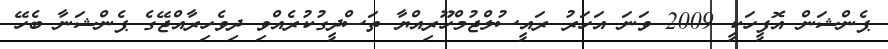
ޕެންޝަން އޮފީހަކީ 2009 ވަނަ އަހަރު ރައީސުލްޖުމްހޫރިއްޔާ ތަސްދީގުކުރެއްވި ދިވެހިރާއްޖޭގެ ޕެންޝަނާ ބެހޭ